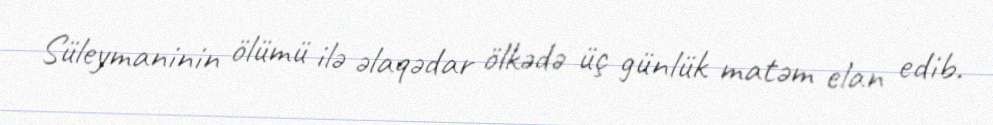
Süleymaninin ölümü ilə əlaqədar ölkədə üç günlük matəm elan edib.